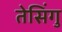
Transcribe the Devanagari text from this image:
तेसिंगु